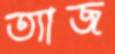
ত্যাজ